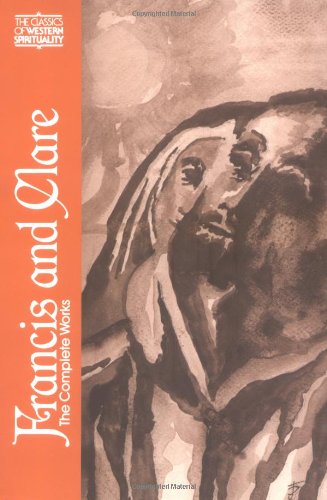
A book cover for Francis and Clare: The Complete Works (The Classics of Western Spirituality); Francis of Assisi; Christian Books & Bibles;